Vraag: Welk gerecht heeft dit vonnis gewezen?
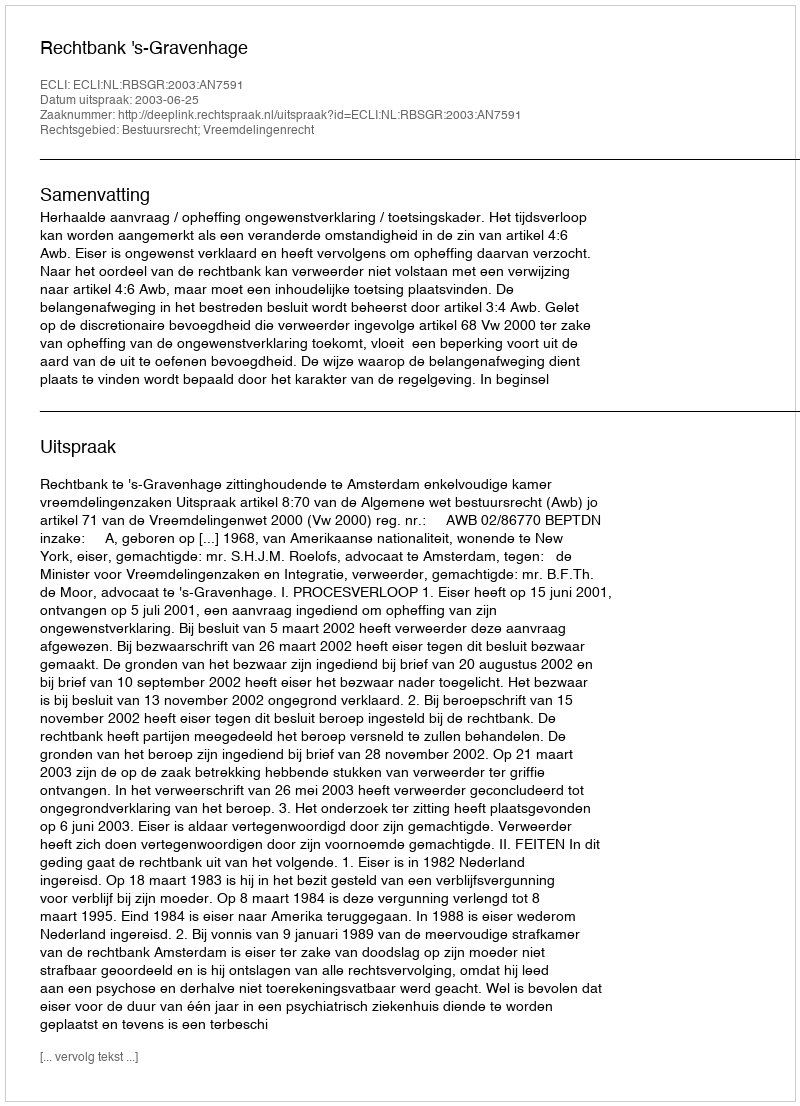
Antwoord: Rechtbank 's-Gravenhage